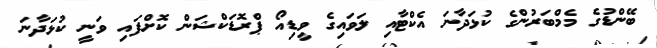
ބޭންޑުގެ މެމްބަރުންގެ ކުޅަދާނަ އެކްޓާއި ލަވައިގެ ވީޑިއޯ ޕްރޮޑަކްޝަން ކޮށްފައި ވަނީ ކުޅަދާނަ